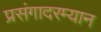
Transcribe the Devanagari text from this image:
प्रसंगादरम्यान